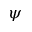
\psi